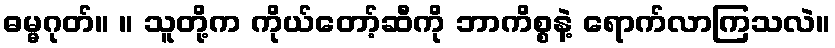
ဓမ္မဂုတ်။ ။ သူတို့က ကိုယ်တော့်ဆီကို ဘာကိစ္စနဲ့ ရောက်လာကြသလဲ။